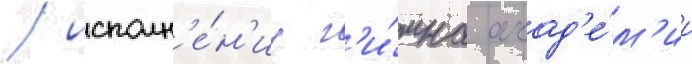
/ исполн'е́н'иу г'и́мна акад'е́м'ии